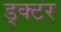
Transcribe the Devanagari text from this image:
ड्क्टर